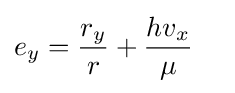
e_{y}={\frac {r_{y}}{r}}+{\frac {hv_{x}}{\mu }}\quad